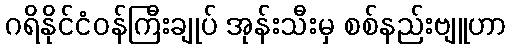
ဂရိနိုင်ငံဝန်ကြီးချုပ် အုန်းသီးမှ စစ်နည်းဗျူဟာ